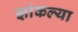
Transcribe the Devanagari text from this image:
झांकल्या